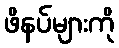
ဖိနပ်များကို